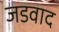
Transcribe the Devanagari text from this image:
जडवाद